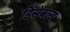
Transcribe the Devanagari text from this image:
डिसेबल्ड